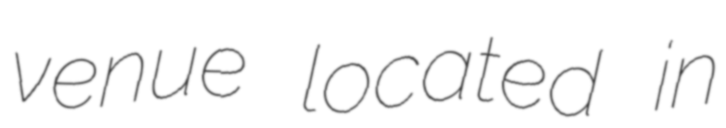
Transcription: venue located in